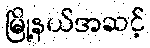
မြို့နယ်အဆင့်